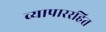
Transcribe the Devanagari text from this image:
व्यापाररहित